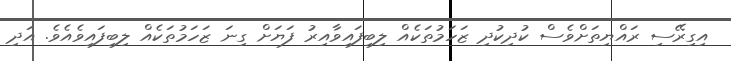
އިގިރޭސި ރައްޔިތަށްވެސް ކުދިކުދި ޒަހަމުތަކެއް ލިބިފައިވާއިރު ފަޔަށް ގިނަ ޒަހަމުތަކެއް ލިބިފައިވެއެވެ. އަދި